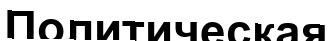
Политическая